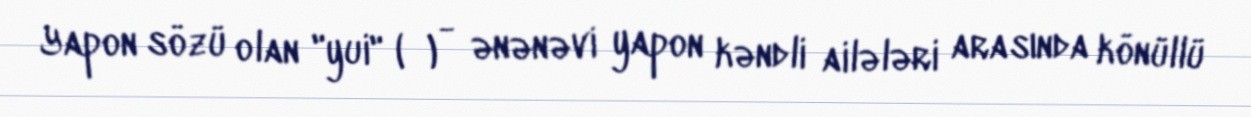
Yapon sözü olan "yui" (結) - ənənəvi yapon kəndli ailələri arasında könüllü